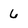
Character: 6